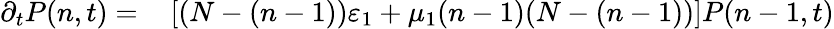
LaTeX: \begin{array}{rl}{\partial_{t}P(n,t)=}&{{}\left[(N-(n-1))\varepsilon_{1}+\mu_{1}(n-1)(N-(n-1))\right]P(n-1,t)}\end{array}